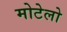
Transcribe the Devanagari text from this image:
मोटेलो